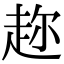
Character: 趂